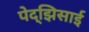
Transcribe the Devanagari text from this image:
पेद्झिसाई